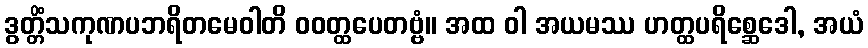
ဒွတ္တိံသကုဏပဘရိတမေဝါတိ ဝဝတ္ထပေတဗ္ဗံ။ အထ ဝါ အယမဿ ဟတ္ထပရိစ္ဆေဒေါ, အယံ